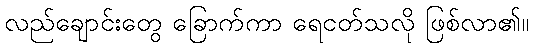
လည်ချောင်းတွေ ခြောက်ကာ ရေငတ်သလို ဖြစ်လာ၏။